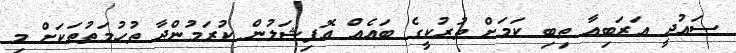
ސައުދީ އަރަބިއާ ތިބި ކަމަށް ތުރުކީގެ ބައެއް އޮފިޝަލުން ކުރަމުންދާ ތުހުމަތުތަކަށް މި